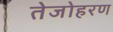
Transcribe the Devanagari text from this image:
तेजोहरण